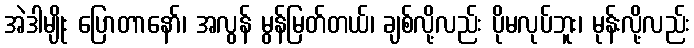
အဲဒါမျိုး ပြောတာနော်၊ အလွန် မွန်မြတ်တယ်၊ ချစ်လို့လည်း ပိုမလုပ်ဘူး၊ မုန်းလို့လည်း